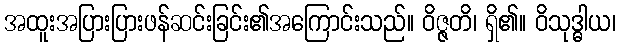
အထူးအပြားပြားဖန်ဆင်းခြင်း၏အကြောင်းသည်။ ဝိဇ္ဇတိ၊ ရှိ၏။ ဝိသုဒ္ဓါယ၊